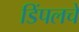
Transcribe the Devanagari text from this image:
डिंपलचे